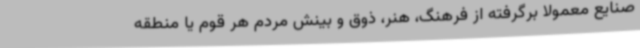
صنایع معمولاً برگرفته از فرهنگ، هنر، ذوق و بینش مردم هر قوم یا منطقه